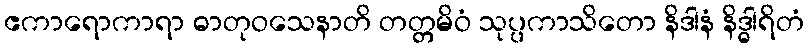
ဧကာရောကာရာ ဓာတုဝသေနာတိ တတ္တမိဝံ သုပ္ပကာသိတော နိဒါနံ နိဒ္ဓါရိတံ